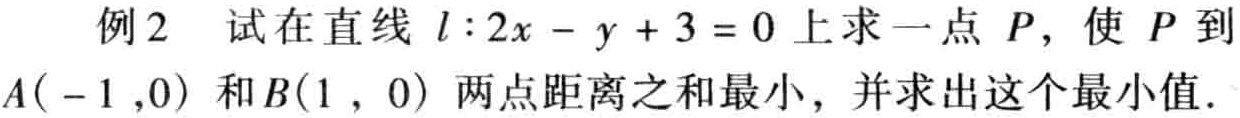
例2 试在直线 \(l:2x - y + 3 = 0\) 上求一点 \(P\)，使 \(P\) 到 \(A(-1,0)\) 和 \(B(1,0)\) 两点距离之和最小，并求出这个最小值.